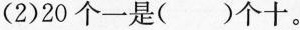
(2)20个一是( )个十。